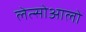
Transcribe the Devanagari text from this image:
लेत्सोआलो